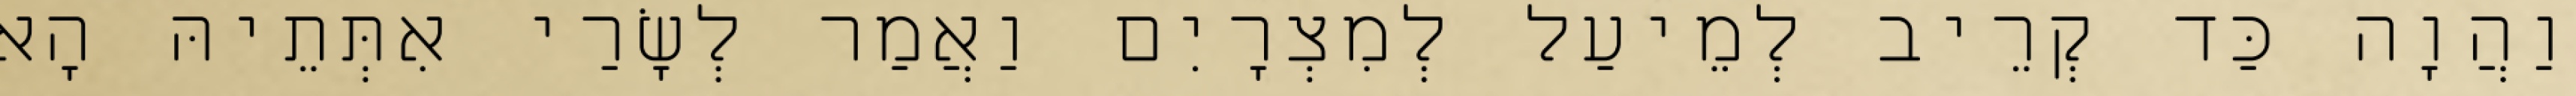
וַהֲוָה כַּד קְרֵיב לְמֵיעַל לְמִצְרָיִם וַאֲמַר לְשָׂרַי אִתְּתֵיהּ הָא